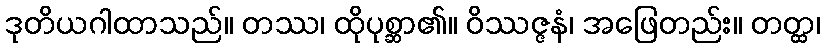
ဒုတိယဂါထာသည်။ တဿ၊ ထိုပုစ္ဆာ၏။ ဝိဿဇ္ဇနံ၊ အဖြေတည်း။ တတ္ထ၊